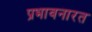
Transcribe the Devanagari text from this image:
प्रभावनारत